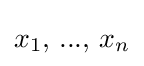
x_{1},\,...,\,x_{n}